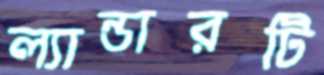
ল্যান্ডারটি